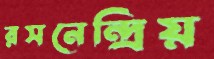
রসনেন্দ্রিয়